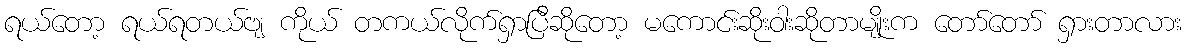
ရယ်တော့ ရယ်ရတယ်ဗျ ကိုယ် တကယ်လိုက်ရှာပြီဆိုတော့ မကောင်းဆိုးဝါးဆိုတာမျိုးက တော်တော် ရှားတာလား